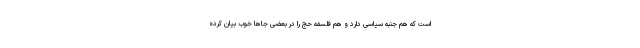
است که هم جنبه سیاسی دارد و هم فلسفه حج را در بعضی جاها خوب بیان کرده